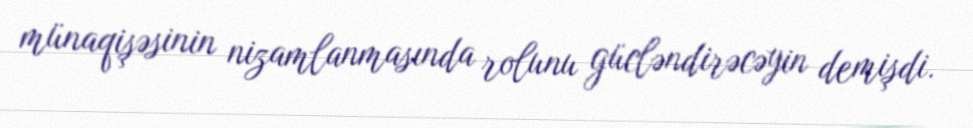
münaqişəsinin nizamlanmasında rolunu gücləndirəcəyin demişdi.